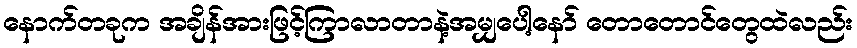
နောက်တခုက အချိန်အားဖြင့်ကြာလာတာနဲ့အမျှပေါ့နော် တောတောင်တွေထဲလည်း